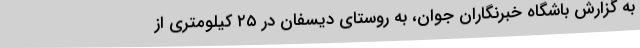
به گزارش باشگاه خبرنگاران جوان، به روستای دیسفان در ۲۵ کیلومتری از